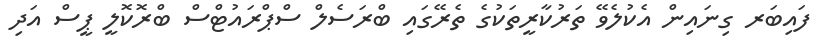
ފައިބަރ ގިނައިން އެކުލެވޭ ތަރުކާރީތަކުގެ ތެރޭގައި ބްރަސެލް ސްޕްރައުޓްސް ބްރޮކޮލީ ޕީސް އަދި